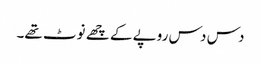
دس دس روپے کے چھے نوٹ تھے۔